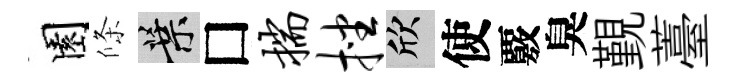
園條葉□揣挫欣使覈臭覲薹